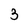
Character: 3